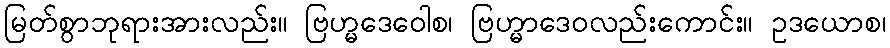
မြတ်စွာဘုရားအားလည်း။ ဗြဟ္မဒေဝေါစ၊ ဗြဟ္မာဒေဝလည်းကောင်း။ ဥဒယောစ၊